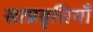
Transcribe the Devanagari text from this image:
सत्प्रवृत्तियाँ